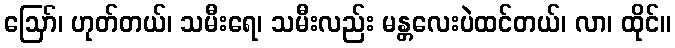
ဪ၊ ဟုတ်တယ်၊ သမီးရေ၊ သမီးလည်း မန္တလေးပဲထင်တယ်၊ လာ၊ ထိုင်။